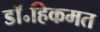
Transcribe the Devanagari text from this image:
डॉ॰हिकमत